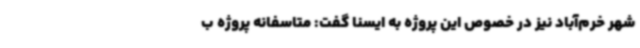
شهر خرم‌آباد نیز در خصوص این پروژه به ایسنا گفت: متاسفانه پروژه ب